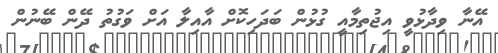
އޭނާ ވިދާޅުވީ އިޖުތިމާއީ ގުޅުން ބަދަހިކޮށް އާއިލާ އަށް ވަގުތު ދޭން ބޭނުން